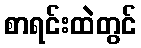
စာရင်းထဲတွင်